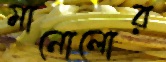
মানোলোর